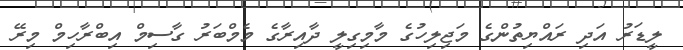
ލީޑަރު އަދި ރައްޔިތުންގެ މަޖިލިހުގެ މާމިގިލީ ދާއިރާގެ މެމްބަރު ގާސިމް އިބްރާހިމް މިރޭ